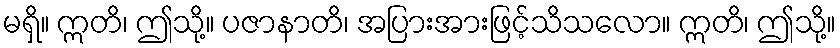
မရှိ။ ဣတိ၊ ဤသို့။ ပဇာနာတိ၊ အပြားအားဖြင့်သိသလော။ ဣတိ၊ ဤသို့။